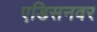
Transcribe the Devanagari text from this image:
एडिसनवर